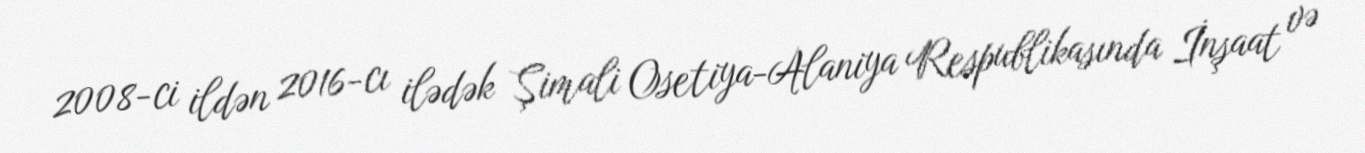
2008-ci ildən 2016-cı ilədək Şimali Osetiya-Alaniya Respublikasında İnşaat və